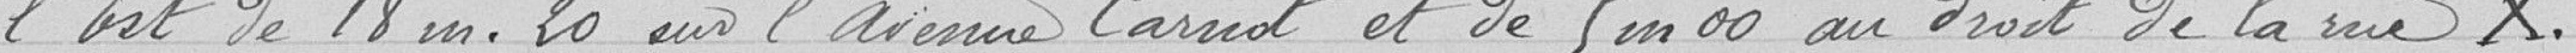
l'Est de 18 m. 20 sur l'Avenue Carnot et de 5 m. 00 au droit de la rue X.